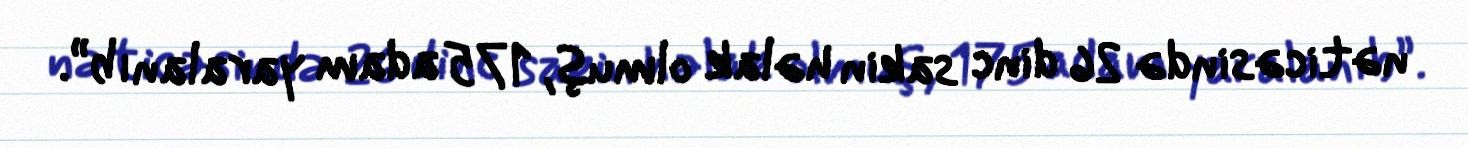
nəticəsində 26 dinc sakin həlak olmuş, 175 adam yaralanıb”.